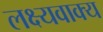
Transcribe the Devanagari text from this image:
लक्ष्यवाक्य